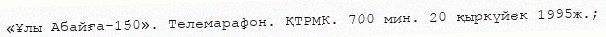
«Ұлы Абайға-150». Телемарафон. ҚТРМК. 700 мин. 20 қыркүйек 1995ж.;